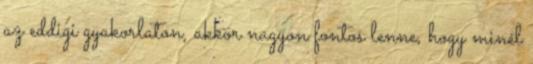
az eddigi gyakorlaton, akkor nagyon fontos lenne, hogy minél